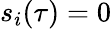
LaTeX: s_{i}(\tau)=0